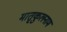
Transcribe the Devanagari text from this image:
मातृकुलनाम